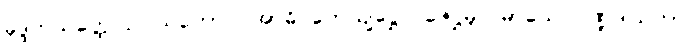
ခုဒ္ဒကသတ္ထေ ဥပါသကောဝ အာဓိပတေယျဋ္ဌော ဇေဋ္ဌမူလမာသေ ပိဏ္ဍဒါယကာ